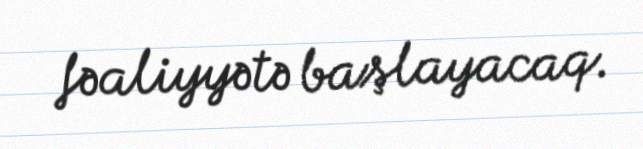
fəaliyyətə başlayacaq.